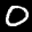
Label: 0